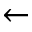
\leftarrow